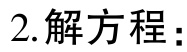
2.解方程：